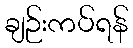
ချဉ်းကပ်ရန်